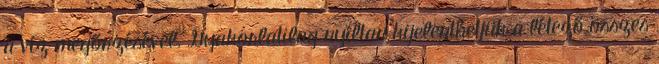
a víz megőrzésével. Gyakorlatilag nyíltan kijelenthetjük a létező összes